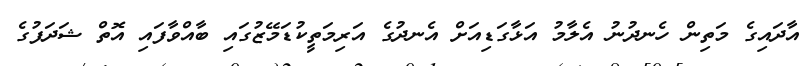
އާދައިގެ މަތިން ހެނދުނު އެލާމު އަޅާގަޑިއަށް އެނދުގެ އަރިމަތީކުޑަމޭޒުގައި ބާއްވާފައި އޮތް ޝަދަފުގެ